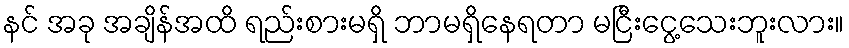
နင် အခု အချိန်အထိ ရည်းစားမရှိ ဘာမရှိနေရတာ မငြီးငွေ့သေးဘူးလား။